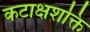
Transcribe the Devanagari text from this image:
कटाक्षशक्ति